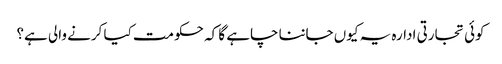
کوئی تجارتی ادارہ یہ کیوں جاننا چاہے گا کہ حکومت کیا کرنے والی ہے؟